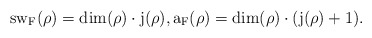
\begin{align*} \rm{sw}_F(\rho)=\rm{dim}(\rho)\cdot j(\rho),a_F(\rho)=\rm{dim}(\rho)\cdot (j(\rho)+1).\end{align*}